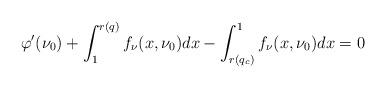
LaTeX: \begin{align*}\varphi'(\nu_0)+\int_1^{r(q)}f_\nu(x,\nu_0)dx-\int_{r(q_c)}^1f_\nu(x,\nu_0)dx=0\end{align*}